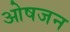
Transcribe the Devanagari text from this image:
ओषजन